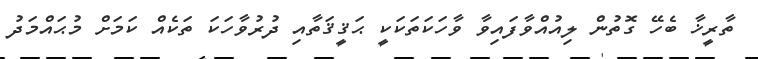
ތާރީޚާ ބެހޭ ގޮތުން ލިއުއްވާފައިވާ ވާހަކަތަކަކީ ޙަޤީޤަތާއި ދުރުވާހަކަ ތަކެއް ކަމަށް މުޙައްމަދު